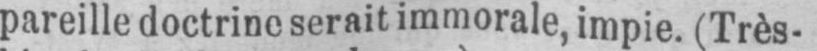
pareille doctrine serait immorale, impie. (Très-